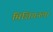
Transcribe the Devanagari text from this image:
मिशिगनला